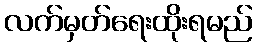
လက်မှတ်ရေးထိုးရမည်